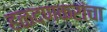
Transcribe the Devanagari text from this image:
हळदणकरांचा